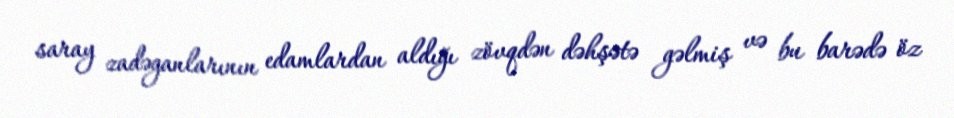
saray zadəganlarının edamlardan aldığı zövqdən dəhşətə gəlmiş və bu barədə öz